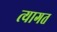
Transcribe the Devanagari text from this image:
त्यागत